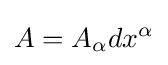
A=A_{\alpha }dx^{\alpha }